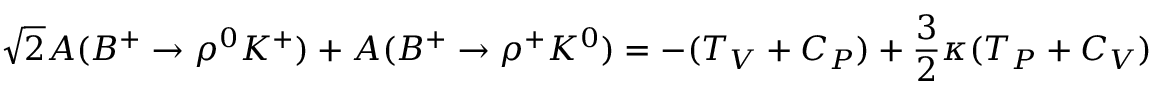
\sqrt { 2 } { \cal A } ( B ^ { + } \rightarrow \rho ^ { 0 } K ^ { + } ) + { \cal A } ( B ^ { + } \rightarrow \rho ^ { + } K ^ { 0 } ) = - ( T _ { V } + C _ { P } ) + \frac { 3 } { 2 } \kappa ( T _ { P } + C _ { V } )